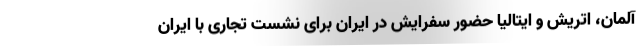
آلمان، اتریش و ایتالیا حضور سفرایش در ایران برای نشست تجاری با ایران